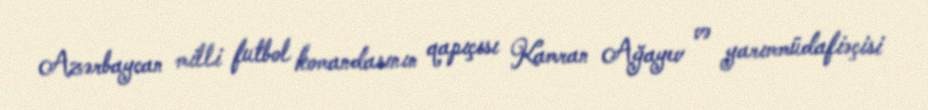
Azərbaycan milli futbol komandasının qapıçısı Kamran Ağayev və yarımmüdafiəçisi